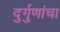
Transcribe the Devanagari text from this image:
दुर्गुणांचा